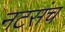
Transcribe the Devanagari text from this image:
नटसंच